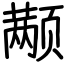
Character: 颟